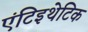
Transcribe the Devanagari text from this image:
एंटिइथेटिक